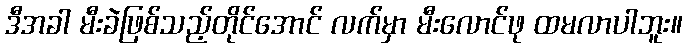
ဒီအခါ မီးခဲဖြစ်သည့်တိုင်အောင် လက်မှာ မီးလောင်ဖု ထမလာပါဘူး။